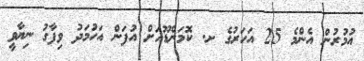
އުމުރުން އެންމެ 25 އަހަރުގެ ށ. ކޮމަންޑޫއަށް އުފަން އަހުމަދު ވިފާގު ނިޔާވީ